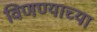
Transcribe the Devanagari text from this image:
विणण्याच्या